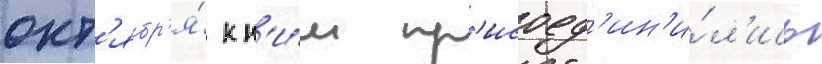
окт'ябр'я́ к н'и́м пр'исоед'ин'и́л'ись